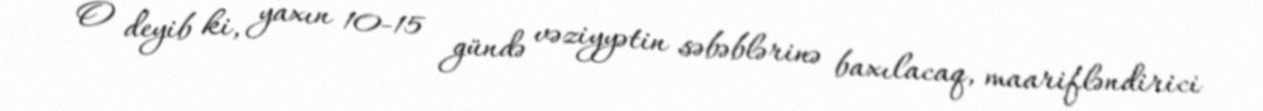
O deyib ki, yaxın 10-15 gündə vəziyyətin səbəblərinə baxılacaq, maarifləndirici